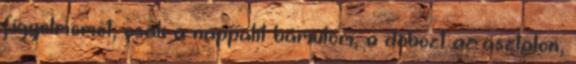
figyelmemet, csak a nappalit bámulom, a dobozt az asztalon,